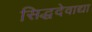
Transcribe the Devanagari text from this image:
सिद्धदेवाद्या